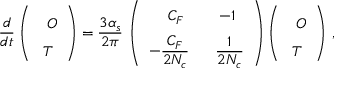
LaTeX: \frac { d } { d t } \left( \begin{array} { c c } { { \phantom { \bigg [ } O } } \\ { { T } } \end{array} \right) = { \frac { 3 \alpha _ { s } } { 2 \pi } } \, \left( \begin{array} { c c } { { \phantom { \bigg [ } C _ { F } } } & { { - 1 } } \\ { { \displaystyle - { \frac { C _ { F } } { 2 N _ { c } } } ~ } } & { { \displaystyle ~ { \frac { 1 } { 2 N _ { c } } } } } \end{array} \right) \left( \begin{array} { c c } { { \phantom { \bigg [ } O } } \\ { { T } } \end{array} \right) \, ,